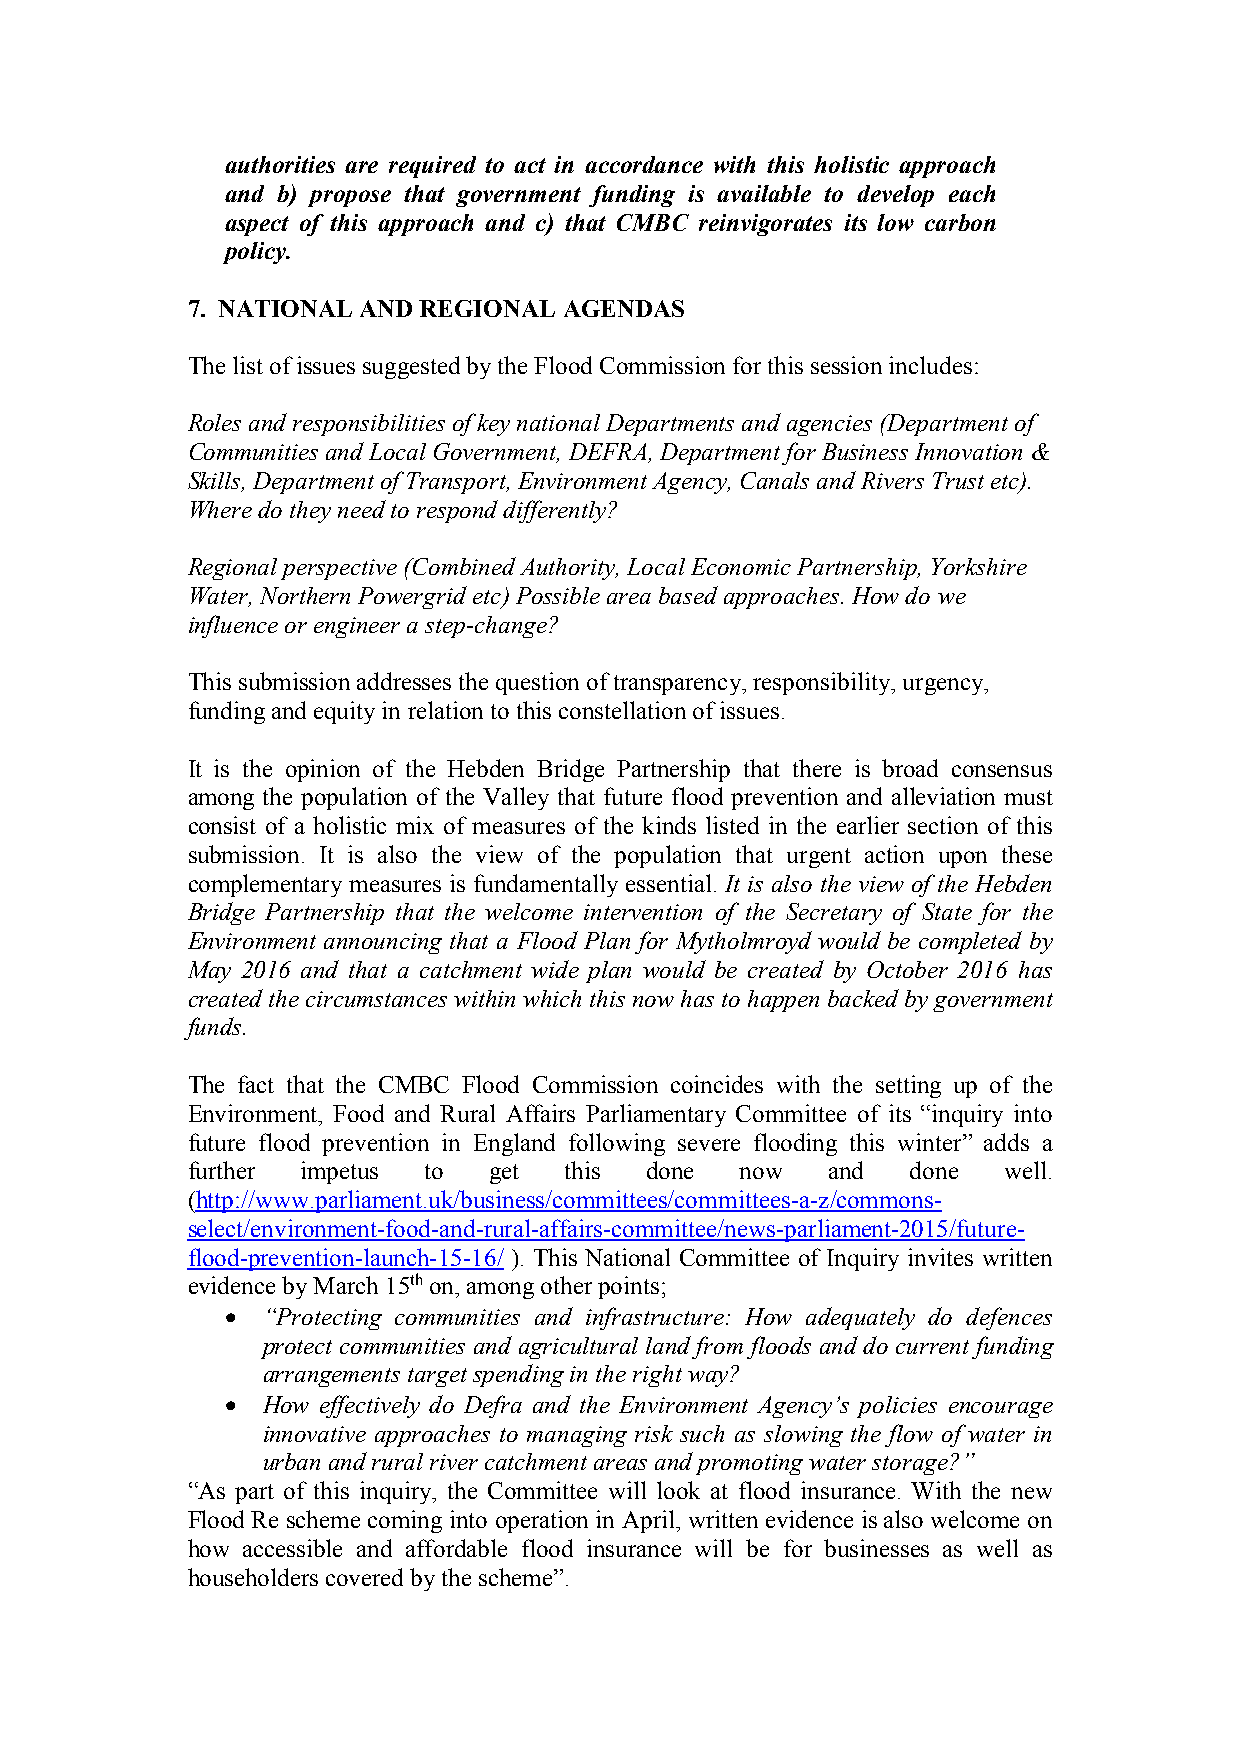
authorities are required to act in accordance with this holistic approach
 and b) propose that government funding is available to develop each
 aspect of this approach and c) that CMBC reinvigorates its low carbon
 policy.
 7. NATIONAL AND REGIONAL AGENDAS
 The list of issues suggested by the Flood Commission for this session includes:
 Roles and responsibilities of key national Departments and agencies (Department of
 Communities and Local Government, DEFRA, Department for Business Innovation &
 Skills, Department of Transport, Environment Agency, Canals and Rivers Trust etc).
 Where do they need to respond differently?
 Regional perspective (Combined Authority, Local Economic Partnership, Yorkshire
 Water, Northern Powergrid etc) Possible area based approaches. How do we
 influence or engineer a step-change?
 This submission addresses the question of transparency, responsibility, urgency,
 funding and equity in relation to this constellation of issues.
 It is the opinion of the Hebden Bridge Partnership that there is broad consensus
 among the population of the Valley that future flood prevention and alleviation must
 consist of a holistic mix of measures of the kinds listed in the earlier section of this
 submission. It is also the view of the population that urgent action upon these
 complementary measures is fundamentally essential. It is also the view of the Hebden
 Bridge Partnership that the welcome intervention of the Secretary of State for the
 Environment announcing that a Flood Plan for Mytholmroyd would be completed by
 May 2016 and that a catchment wide plan would be created by October 2016 has
 created the circumstances within which this now has to happen backed by government
 funds.
 The fact that the CMBC Flood Commission coincides with the setting up of the
 Environment, Food and Rural Affairs Parliamentary Committee of its “inquiry into
 future flood prevention in England following severe flooding this winter” adds a
 further impetus to  get  this  done  now   and  done  well.
 (http://www.parliament.uk/business/committees/committees-a-z/commons-
 select/environment-food-and-rural-affairs-committee/news-parliament-2015/future-
 flood-prevention-launch-15-16/ ). This National Committee of Inquiry invites written
 evidence by March 15th on, among other points;
 • “Protecting communities and infrastructure: How adequately do defences
 protect communities and agricultural land from floods and do current funding
 arrangements target spending in the right way?
 • How effectively do Defra and the Environment Agency’s policies encourage
 innovative approaches to managing risk such as slowing the flow of water in
 urban and rural river catchment areas and promoting water storage?”
 “As part of this inquiry, the Committee will look at flood insurance. With the new
 Flood Re scheme coming into operation in April, written evidence is also welcome on
 how accessible and affordable flood insurance will be for businesses as well as
 householders covered by the scheme”.